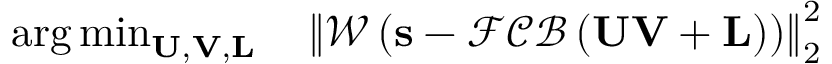
\begin{array} { r l } { \arg \operatorname* { m i n } _ { \mathbf { U } , \mathbf { V } , \mathbf { L } } } & { { } \left\| \mathcal { W } \left( \mathbf { s } - \mathcal { F C B } \left( \mathbf { U } \mathbf { V } + \mathbf { L } \right) \right) \right\| _ { 2 } ^ { 2 } } \end{array}